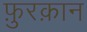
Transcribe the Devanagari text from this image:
फ़ुरक़ान